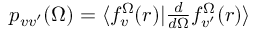
\begin{array} { r } { p _ { v v ^ { \prime } } ( \Omega ) = \langle f _ { v } ^ { \Omega } ( r ) | \frac { d } { d \Omega } f _ { v ^ { \prime } } ^ { \Omega } ( r ) \rangle } \end{array}